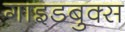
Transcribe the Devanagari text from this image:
गाइडबुक्स